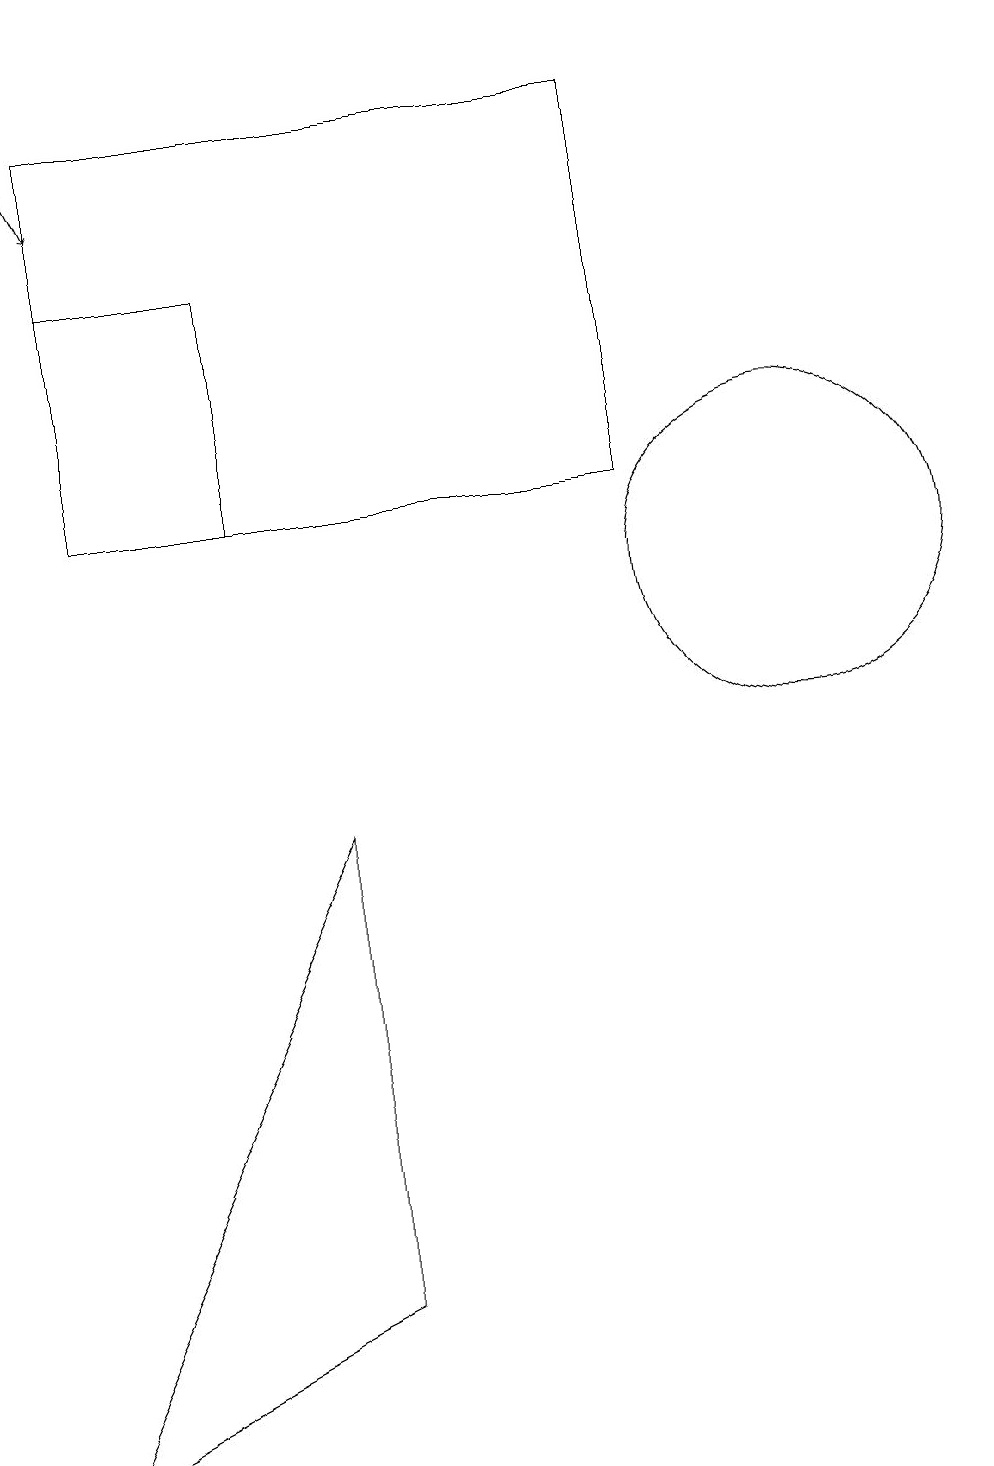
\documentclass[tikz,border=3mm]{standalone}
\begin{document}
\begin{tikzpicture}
\draw (1,13) rectangle (8,18);
\draw (10,12) circle (2);
\draw (1,16) rectangle (3,13);
\draw[->] (0,19) -- (1,17);
\draw (4,3) -- (4,9) -- (0,1) -- cycle;
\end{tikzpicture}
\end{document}